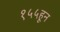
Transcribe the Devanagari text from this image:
१५५हून